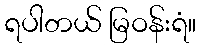
ရပါတယ် မြဝန်းရံ။